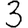
Digit: 3